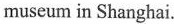
museum in Shanghai.